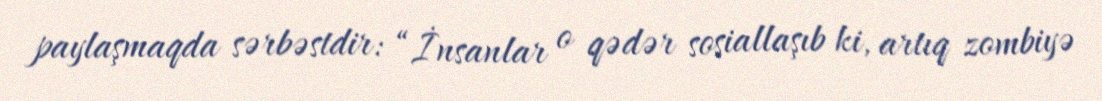
paylaşmaqda sərbəstdir: “İnsanlar o qədər sosiallaşıb ki, artıq zombiyə